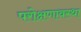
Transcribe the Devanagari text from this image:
परोक्षणावस्था